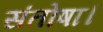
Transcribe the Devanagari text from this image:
संतोषा।